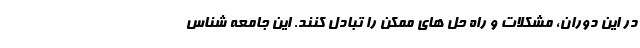
در این دوران، مشکلات و راه حل های ممکن را تبادل کنند. این جامعه شناس